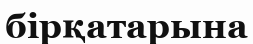
бірқатарына